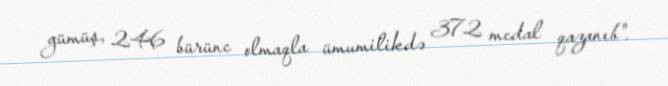
gümüş, 246 bürünc olmaqla ümumilikdə 372 medal qazanıb".